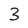
Character: 3